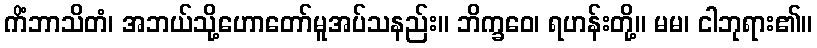
ကိံဘာသိတံ၊ အဘယ်သို့ဟောတော်မူအပ်သနည်း။ ဘိက္ခဝေ၊ ရဟန်းတို့။ မမ၊ ငါဘုရား၏။